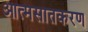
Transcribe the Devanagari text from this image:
आत्मसातकरण